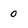
Character: 0